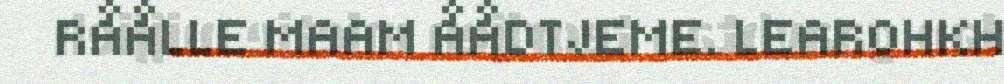
RÅÅLLE MAAM ÅÅDTJEME. LEAROHKH